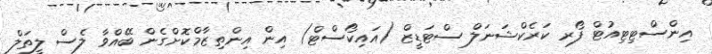
އިންސްޓިޓިއުޓް ފޯރ ކަރެކްޝަނަލް ސްޓަޑީޒް (އައިކޯސްޓް) އިން އިންތިޒާމްކޮށްގެން ބޭއްވާ ލެސް ލީތަލް